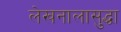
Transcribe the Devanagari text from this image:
लेखनालासुद्धा